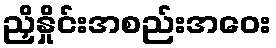
ညှိနှိုင်းအစည်းအဝေး